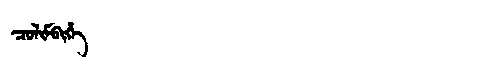
Manchu: ᠴᠣᠯᡳᠮᠪᡳᡥᡝ
Romanization: COLIMBIHE